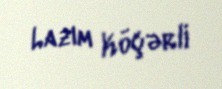
Lazım Köçərli